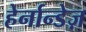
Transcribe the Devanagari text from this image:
हेर्नान्डेज़